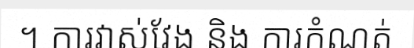
។ ការវាស់វែង និង ការកំណត់